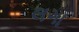
લગા